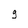
Character: g